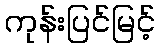
ကုန်းပြင်မြင့်